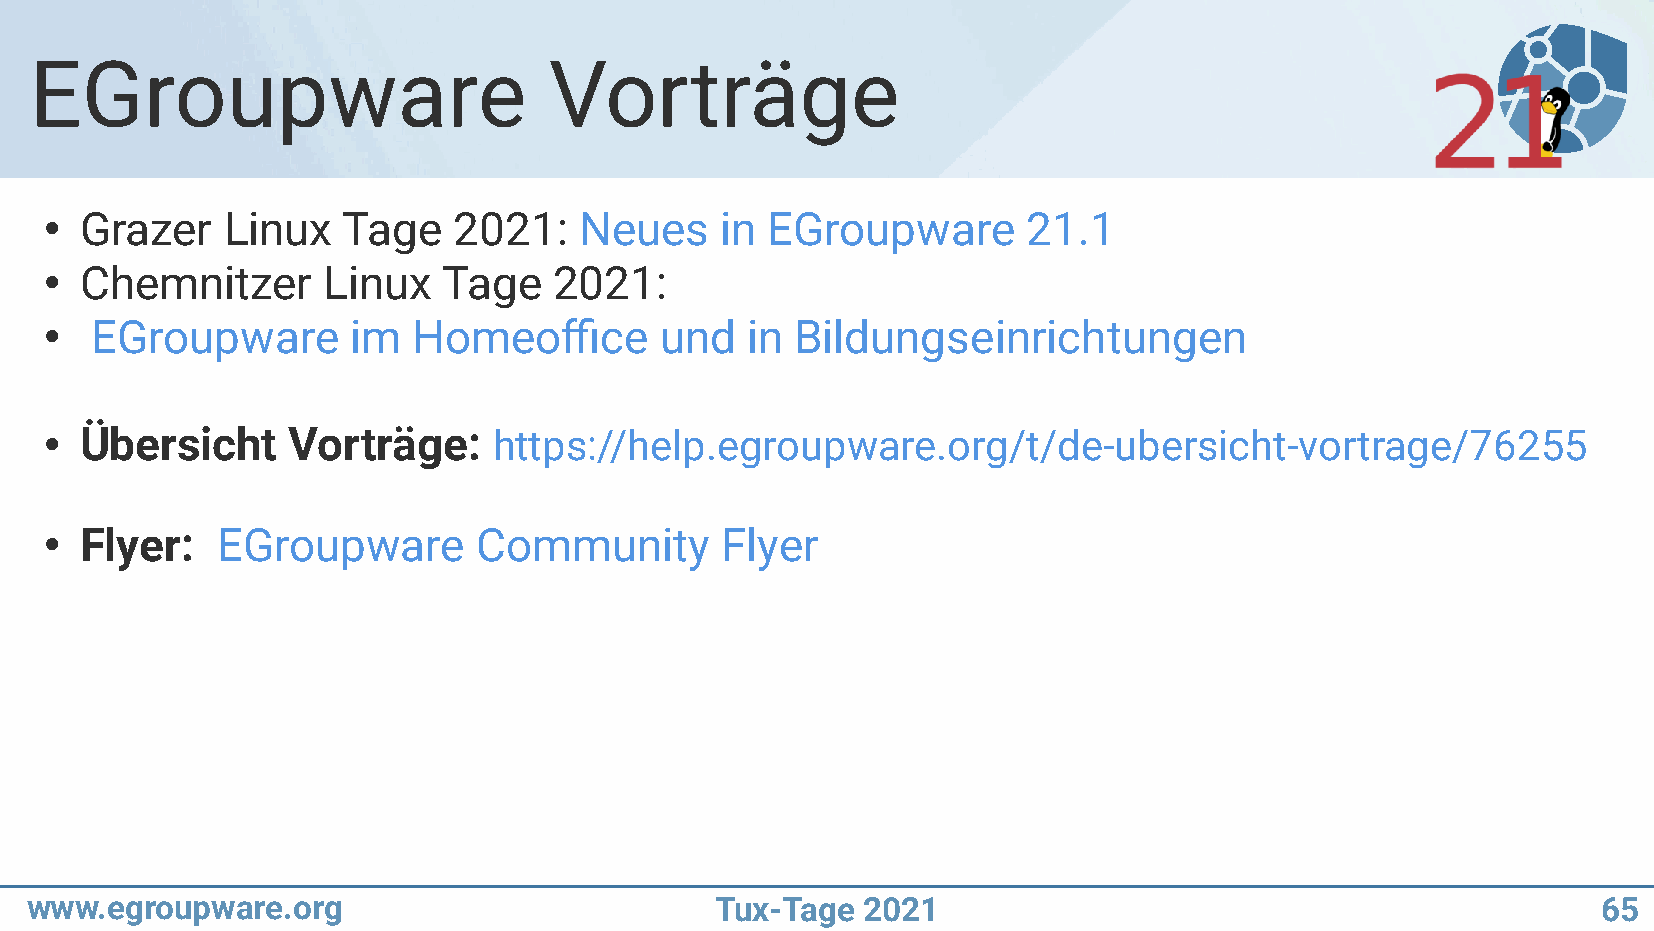
EGroupware                        Vorträge
 Grazer    Linux   Tage   2021:   Neues     in EGroupware       21.1
 ●
 Chemnitzer      Linux   Tage    2021:
 ●
 EGroupware       im  Homeoffice       und  in  Bildungseinrichtungen
 ●
 Übersicht     Vorträge:     https://help.egroupware.org/t/de-ubersicht-vortrage/76255
 ●
 Flyer:   EGroupware       Community        Flyer
 ●
 www.egroupware.org                           Tux-Tage  2021                                             65